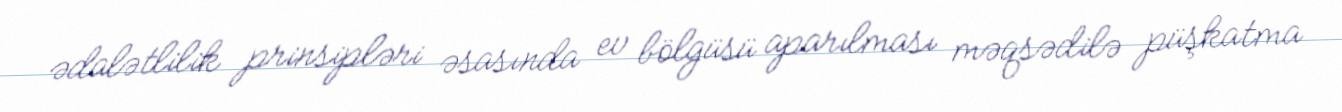
ədalətlilik prinsipləri əsasında ev bölgüsü aparılması məqsədilə püşkatma